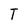
Character: T